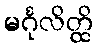
မင်္ဂုလိတ္ထိ